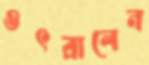
ওৎরালেন